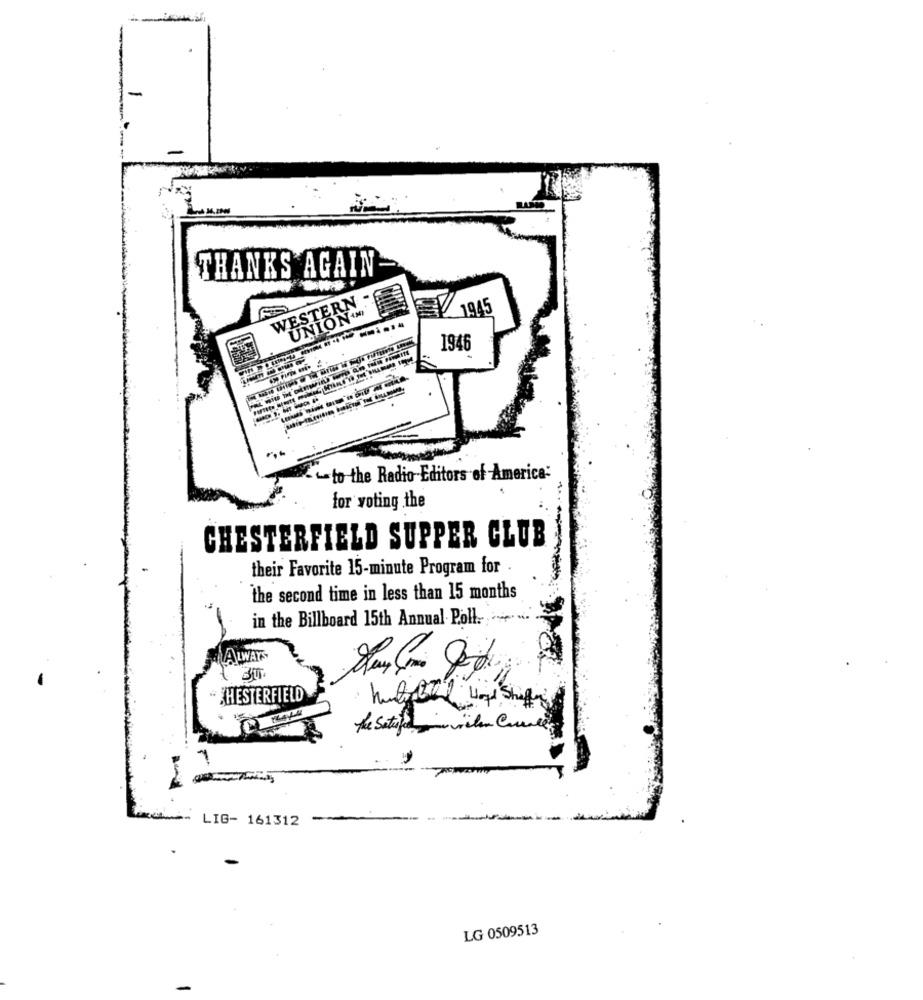
THANKS AGAIN
WESTERN
UNION'N
1945
1946
to the Radio Editors of America:
for voting the
CHESTERFIELD SUPPER CLUB
their Favorite 15-minute Program for .
the second time in less than 15 months
in the Billboard 15th Annual Poll. ....
ALWAYS
CHESTERFIELD
LIG- 161312
LG 0509513